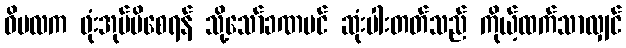
ဝိမလက ဖုံးအုပ်မိစေရန် သို့သော်ခဏပင် ဆုံးပါးတတ်သည် ကိုယ့်ထက်သာလျှင်